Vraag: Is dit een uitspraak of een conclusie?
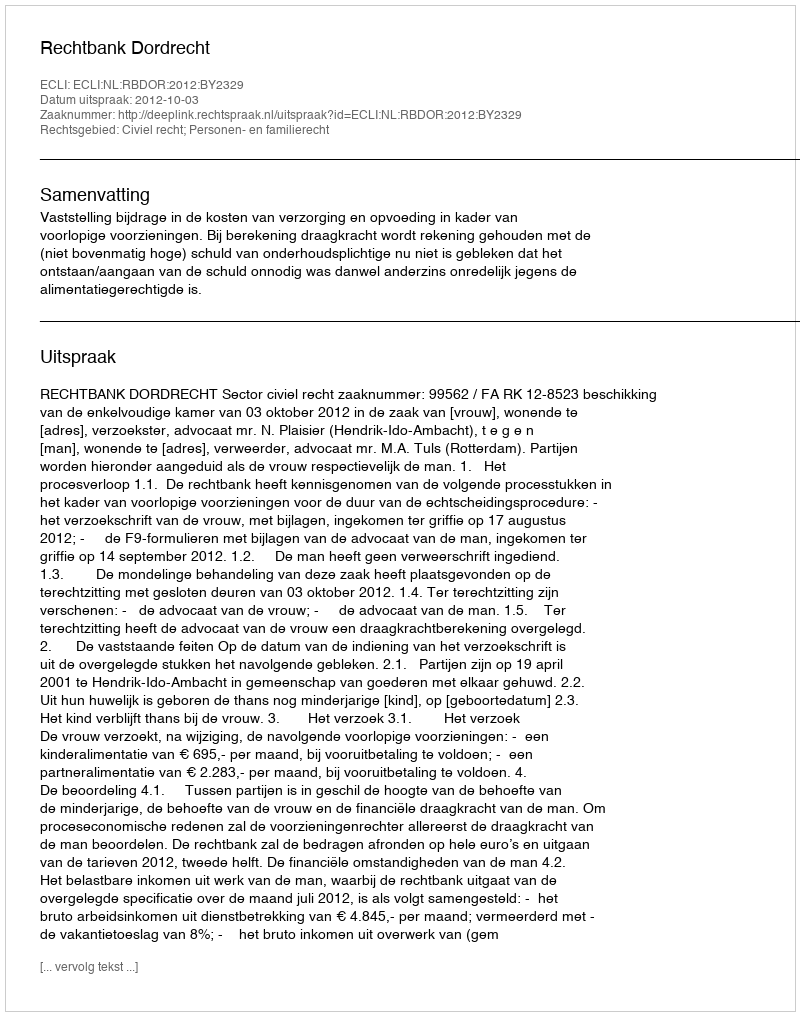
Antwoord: Uitspraak